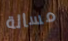
مسالة